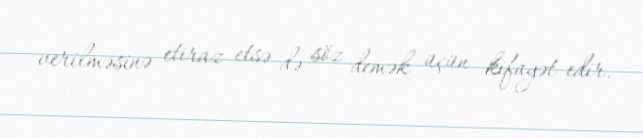
verilməsinə etiraz etsə də söz demək üçün kifayət edir.